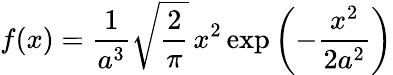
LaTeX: f(x)={\frac{1}{a^{3}}}{\sqrt{\frac{2}{\pi}}}\, x^{2}\exp\left(-{\frac{x^{2}}{2a^{2}}}\right)